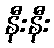
နီးနီး